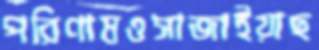
পরিণামওসাজাইয়াছ